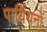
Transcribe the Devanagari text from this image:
पार्य़ियनों